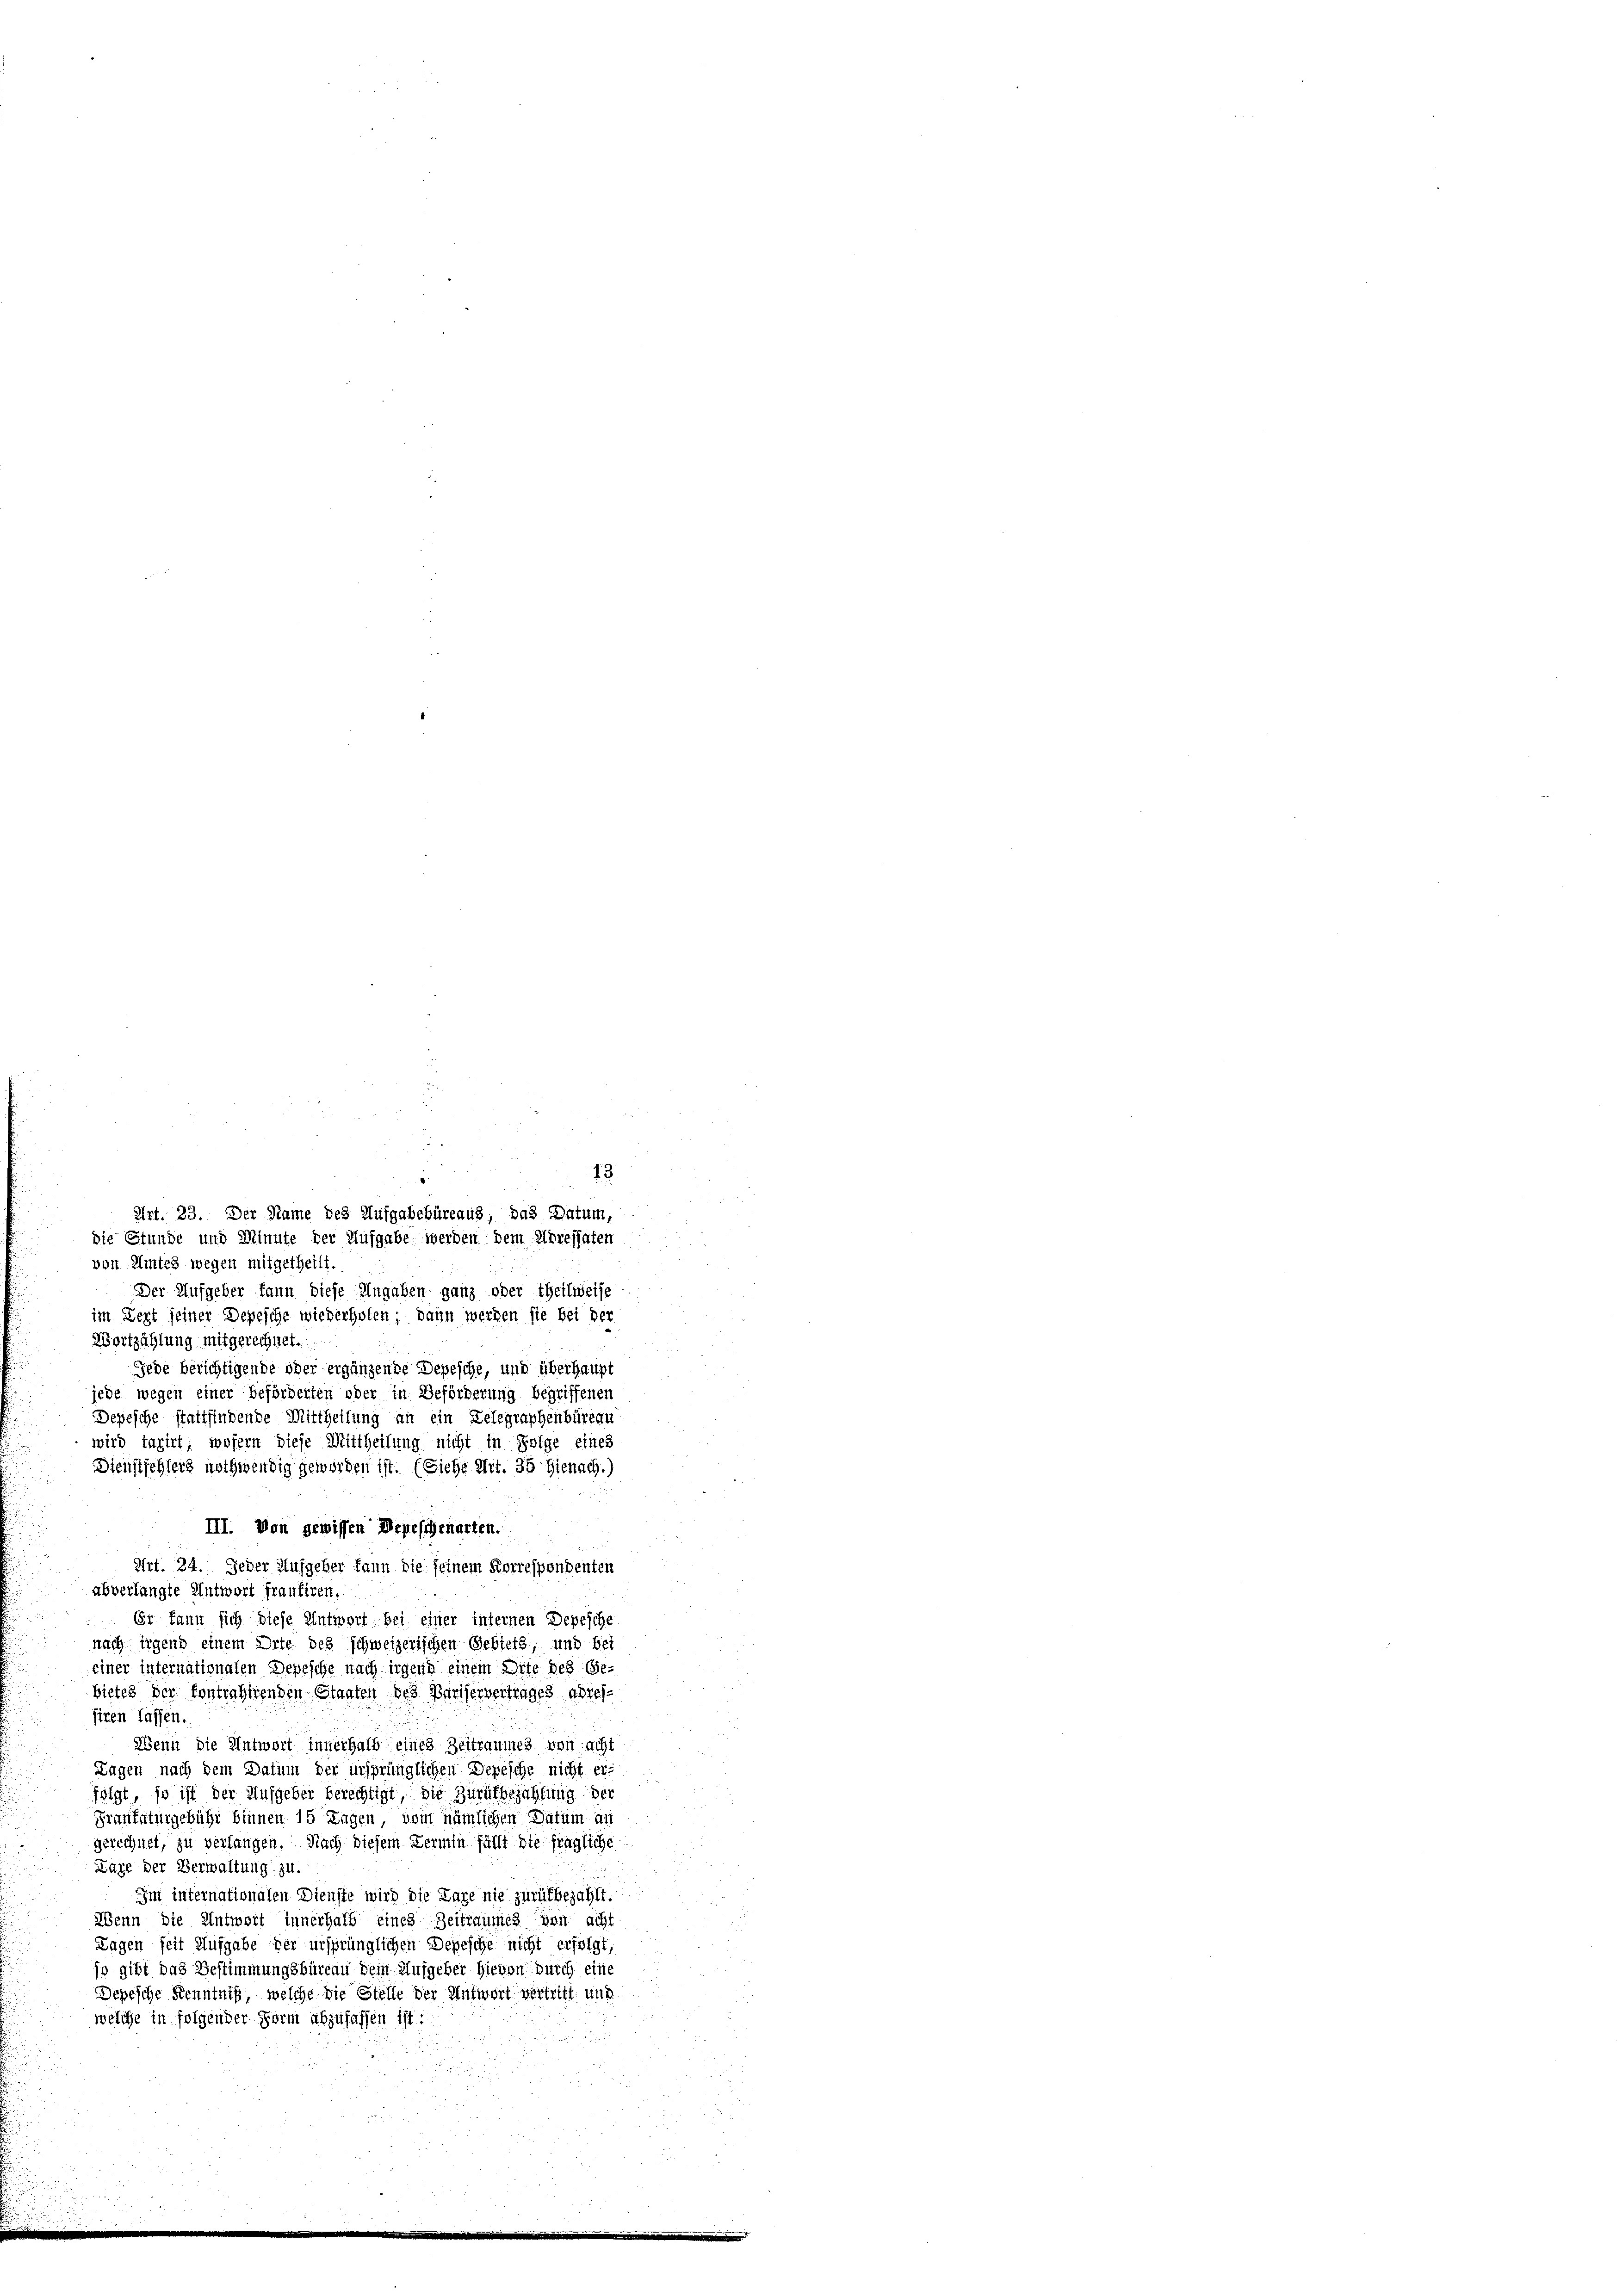
13
von Amtes wegen mitgetheilt.
Der Aufgeber kann diese Angaben ganz oder theilweise
im Lezt seiner Depesche wiederholen; dann werden sie bei der
Wortzählung mitgerechnet.
Jede berichtigende oder ergänzende Depesche, und überhaupt
jede wegen einer beförderten oder in Beförderung begriffenen
Depesche stattfindende Mittheilung an ein Delegraphenbüreau
wird taxirt; wofern diese Mittheilung nicht in Folge eines
Dienstfehlers nothwendig geworden ist. (Siehe Art. 35 Hienach.)
III. Von gewissen Depeschenarten.
Art. 24. Jeder Aufgeber kann die seinem Korrespondenten
abverlangte Antwort frantiren.
Er kann sich diese Antwort bei einer internen Depesche
nach irgend einem Orte des schweizerischen Gebiets, und bei
einer internationalen Depesche nach irgend einem Orte des Gebietes der kontrahlenden Staaten des Bürgervertrages adressiren lassen.
Wenn die Antwort innerhalb eines Zeitraumes von acht
Lagen nach dem Datum der ursprünglichen Depesche nicht er-
folgt, so ist der Aufgeber berechtigt, die Zurükbezahlung der
Frankaturgebühr binnen. 15 Tagen vom nämlichen Datum an
gerechnet, zu verlangen. Nach diesem Termin fällt die fragliche
Läre der Verwaltung zu.
Im internationalen Dienste wird die Lage nie zurükbezahlt.
Wenn die Antwort innerhalb eines Zeitraumes von acht
Lagen seit Aufgabe der ursprünglichen Depesche nicht erfolgt,
jo gibt das Bestimmungsbüreau dem Aufgeber hievon durch eine
Depesche Kenntniß, welche die Stelle der Antwort vertritt und
welche in folgender Form abzufassen ist:

Art. 23. Der Name des Aufgabebüreaus; das Datum,
die Stunde und Minute der Aufgabe werden dem Hörefhafen

2